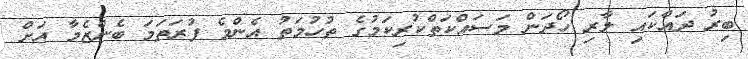
ބިރު ދައްކައި ލާރި ހޯދަން މަސައްކަތްކުރިކަމުގެ ތުހުމަތު އެންމެ ފުރަތަމަ ބެންޒެމާ އަށް